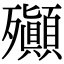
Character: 𣪀